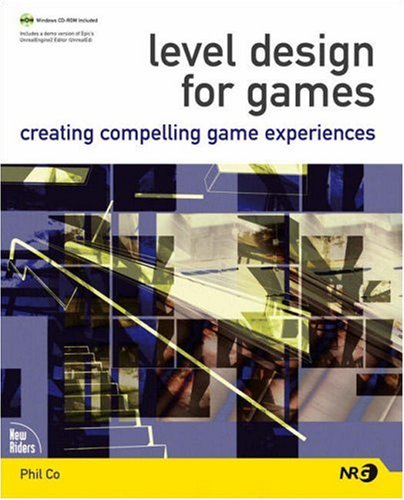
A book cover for Level Design for Games: Creating Compelling Game Experiences; Phil Co; Computers & Technology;